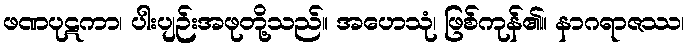
ဖဏပုဋကာ၊ ပါးပျဉ်းအဖုတို့သည်။ အဟေသုံ၊ ဖြစ်ကုန်၏။ နာဂရာဇဿ၊